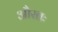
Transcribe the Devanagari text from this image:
औरतः